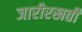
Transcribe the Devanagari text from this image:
जारीरखती